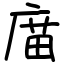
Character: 庿